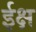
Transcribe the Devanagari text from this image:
ईक्ष